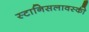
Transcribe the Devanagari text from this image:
स्टानिसलावस्की